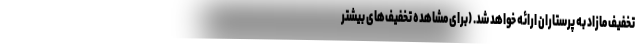
تخفیف مازاد به پرستاران ارائه خواهد شد. (برای مشاهده تخفیف­های بیشتر